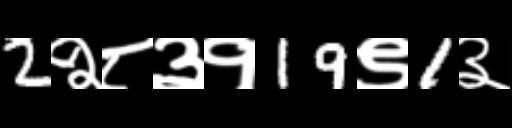
Text: 2२८३१19९1३